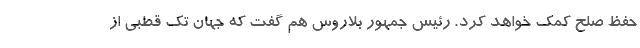
حفظ صلح کمک خواهد کرد. رئیس جمهور بلاروس هم گفت که جهان تک قطبی از